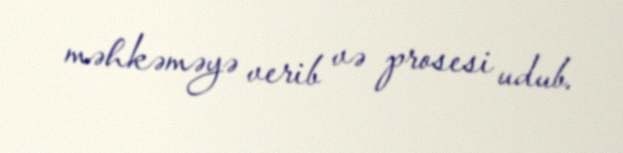
məhkəməyə verib və prosesi udub.